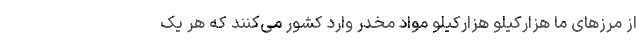
از مرزهای ما هزارکیلو هزارکیلو مواد مخدر وارد کشور می‌کنند که هر یک